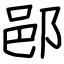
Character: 𨛗